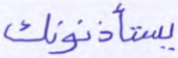
يستأذنونك